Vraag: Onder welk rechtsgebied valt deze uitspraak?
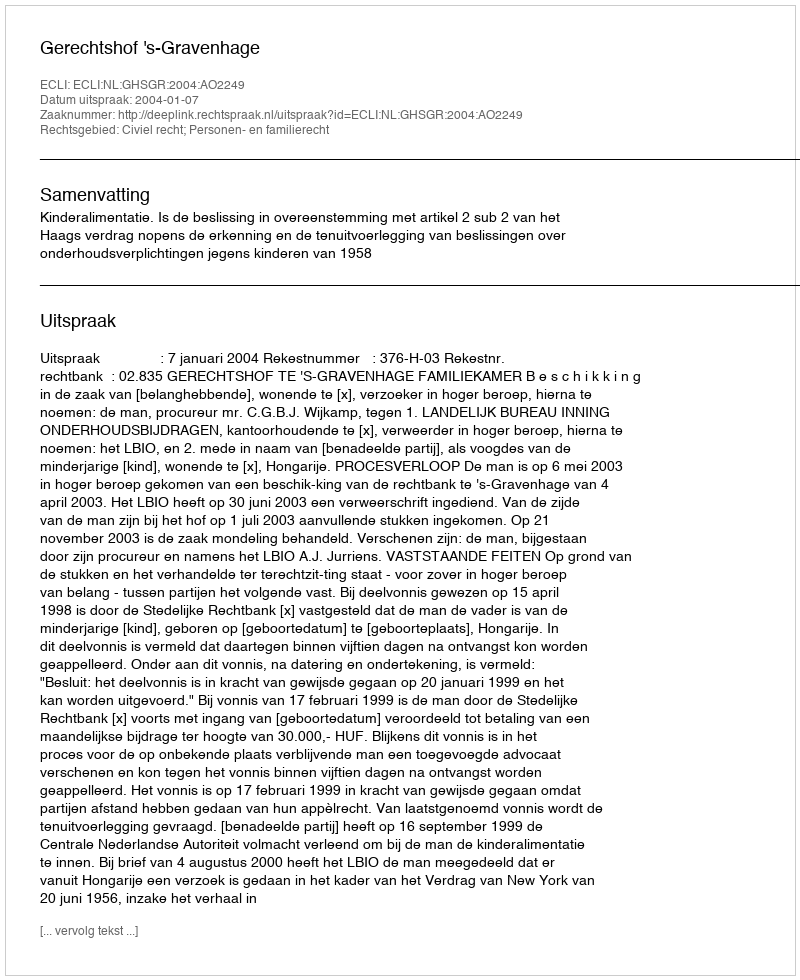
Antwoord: Civiel recht; Personen- en familierecht